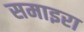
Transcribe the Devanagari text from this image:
समाइरा